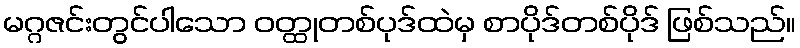
မဂ္ဂဇင်းတွင်ပါသော ဝတ္ထုတစ်ပုဒ်ထဲမှ စာပိုဒ်တစ်ပိုဒ် ဖြစ်သည်။